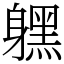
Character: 𨊂